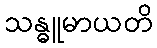
သန္ဓူမာယတိ